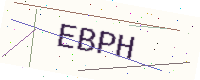
Text: EBPH